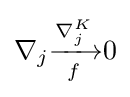
\nabla _{j}{\xrightarrow[{f}]{\nabla _{j}^{K}}}0